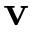
\bf v